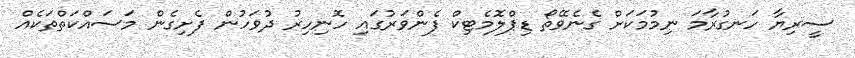
ސީރިޔާ ހަނގުރާމަ ނިމުމަކަށް ގެނެވޭތޯ ޑިޕްލޮމެޓިކް ފެންވަރުގައި ހޮނިހިރު ދުވަހުން ފެށިގެން މަސައްކަތްތަކެއް